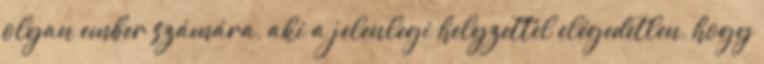
olyan ember számára, aki a jelenlegi helyzettel elégedetlen, hogy